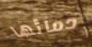
دمائها